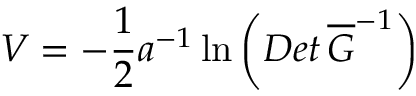
V = - \frac { 1 } { 2 } a ^ { - 1 } \ln \left( D e t \, \overline { { { G } } } ^ { - 1 } \right)